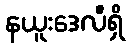
နယူးဒေလီရှိ